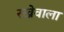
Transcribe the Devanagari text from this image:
रख्नेवाला